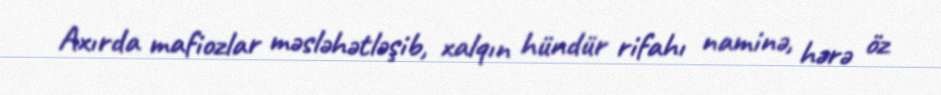
Axırda mafiozlar məsləhətləşib, xalqın hündür rifahı naminə, hərə öz